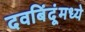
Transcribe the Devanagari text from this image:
दवबिंदूंमध्ये